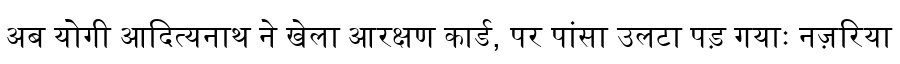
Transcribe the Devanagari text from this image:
अब योगी आदित्यनाथ ने खेला आरक्षण कार्ड, पर पांसा उलटा पड़ गयाः नज़रिया